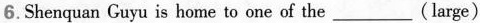
6.Shenquan Guyu is home to one of the___（large）